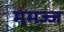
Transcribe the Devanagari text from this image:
ममज्ज